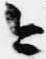
今